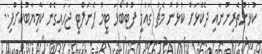
ކުޅުންތެރިންނާއި ދެކޮޅަށް ކުޅުނު މެޗު ގައުމީ ފުޓްބޯޅަ ޓީމު ޕެނަލްޓީ ޖަހައިގެން ކާމިޔާބުކޮށްފި..